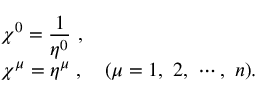
\begin{array} { l } { { \displaystyle \chi ^ { 0 } = \frac { 1 } { \eta ^ { 0 } } ~ , } } \\ { { \chi ^ { \mu } = \eta ^ { \mu } ~ , ~ ~ ~ ( \mu = 1 , ~ 2 , ~ \cdots , ~ n ) . } } \end{array}